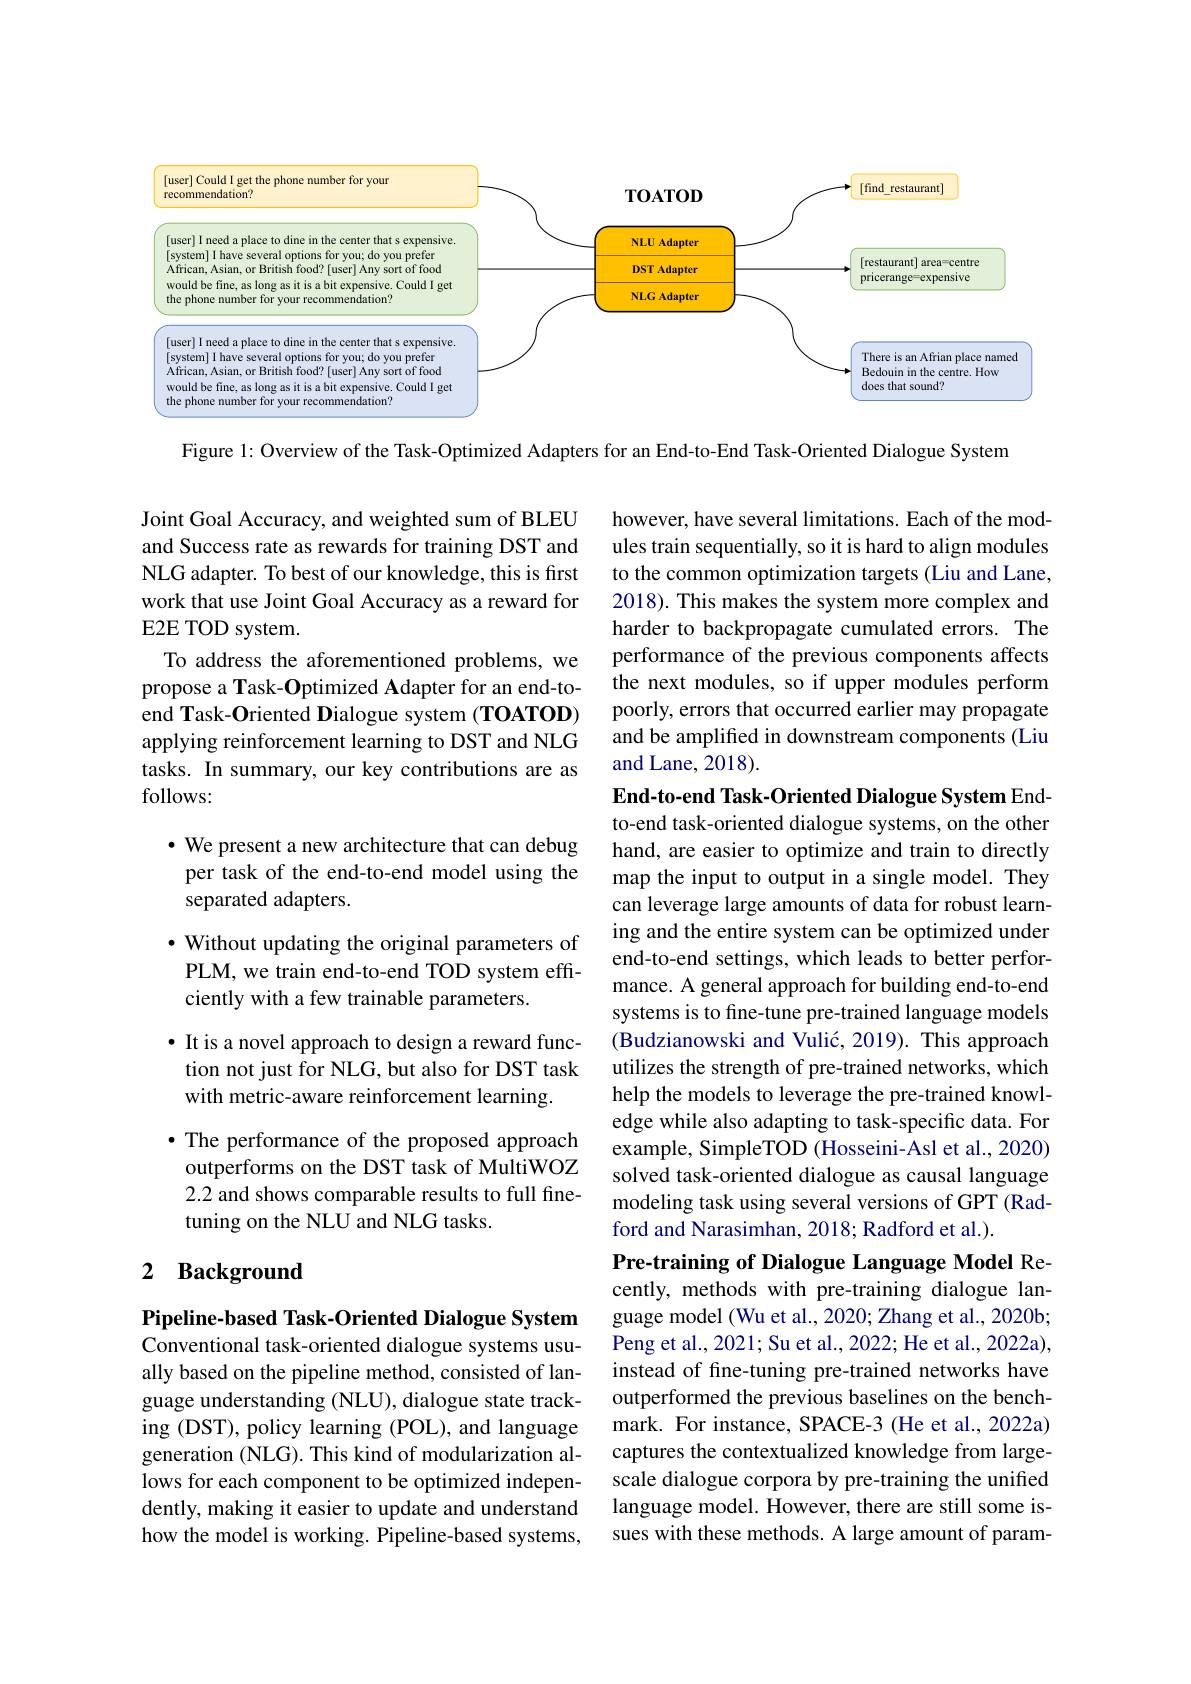
<FigureHere>

Figure 1: Overview of the Task-Optimized Adapters for an End-to-End Task-Oriented Dialogue System

however, have several limitations. Each of the modules train sequentially, so it is hard to align modules to the common optimization targets (Liu and Lane, 2018). This makes the system more complex and harder to backpropagate cumulated errors. The performance of the previous components affects the next modules, so if upper modules perform poorly, errors that occurred earlier may propagate and be amplified in downstream components (Liu and Lane, 2018).

Joint Goal Accuracy, and weighted sum of BLEU and Success rate as rewards for training DST and NLG adapter. To best of our knowledge, this is first work that use Joint Goal Accuracy as a reward for E2E TOD system.
To address the aforementioned problems, we propose a Task-Optimized Adapter for an end-toend Task-Oriented Dialogue system (TOATOD) applying reinforcement learning to DST and NLG tasks. In summary, our key contributions are as follows:

· We present a new architecture that can debug per task of the end-to-end model using the separated adapters.
$\cdot$ Without updating the original parameters of PLM, we train end-to-end TOD system effciently with a few trainable parameters.
· It is a novel approach to design a reward function not just for NLG, but also for DST task with metric-aware reinforcement learning.
·The performance of the proposed approach outperforms on the DST task of MultiWOZ 2.2 and shows comparable results to full finetuning on the NLU and NLG tasks.

End-to-end Task-Oriented Dialogue System Endto-end task-oriented dialogue systems, on the other hand, are easier to optimize and train to directly map the input to output in a single model. They can leverage large amounts of data for robust learning and the entire system can be optimized under end-to-end settings, which leads to better performance. A general approach for building end-to-end systems is to fine-tune pre-trained language models (Budzianowski and Vulić, 2019). This approach utilizes the strength of pre-trained networks, which help the models to leverage the pre-trained knowledge while also adapting to task-specific data. For example, SimpleTOD (Hosseini-Asl et al., 2020) solved task-oriented dialogue as causal language modeling task using several versions of GPT (Radford and Narasimhan, 2018; Radford et al.).
Pre-training of Dialogue Language Model Recently, methods with pre-training dialogue language model (Wu et al., 2020; Zhang et al., 2020b; Peng et al., 2021; Su et al., 2022; He et al., 2022a), instead of fne-tuning pre-trained networks have outperformed the previous baselines on the benchmark. For instance, SPACE-3 (He et al., 2022a) captures the contextualized knowledge from largescale dialogue corpora by pre-training the unified language model. However, there are still some issues with these methods. A large amount of param-

## 2 Background

Pipeline-based Task-Oriented Dialogue System Conventional task-oriented dialogue systems usually based on the pipeline method, consisted of language understanding (NLU), dialogue state tracking (DST), policy learning (POL), and language generation (NLG). This kind of modularization allows for each component to be optimized independently, making it easier to update and understand how the model is working. Pipeline-based systems,